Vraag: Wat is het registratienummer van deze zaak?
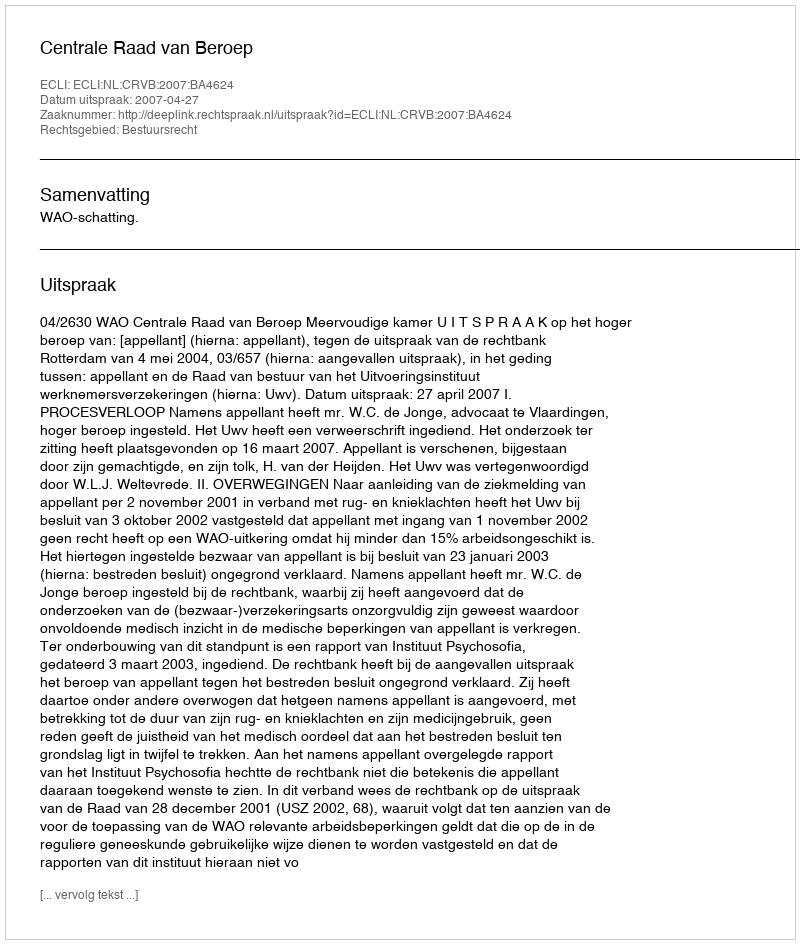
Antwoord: http://deeplink.rechtspraak.nl/uitspraak?id=ECLI:NL:CRVB:2007:BA4624